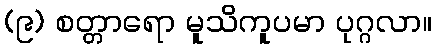
(၉) စတ္တာရော မူသိကူပမာ ပုဂ္ဂလာ။